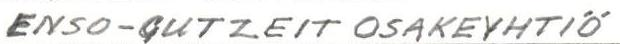
ENSO-GUTZEIT OSAKEYHTIÖ